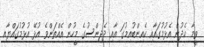
ވީމާ ހެދުން އެޅުމުގައާއި ކެއިންބުއިމުގަ އާއި ދެޖިންސުގެ މީހުން އެއްތަންވެ އުޅޭ އުޅުމުގައްޔާއި